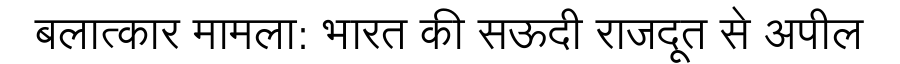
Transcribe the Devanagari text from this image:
बलात्कार मामला: भारत की सऊदी राजदूत से अपील